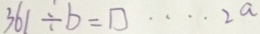
3 6 1 \div b = \square \cdots 2 a